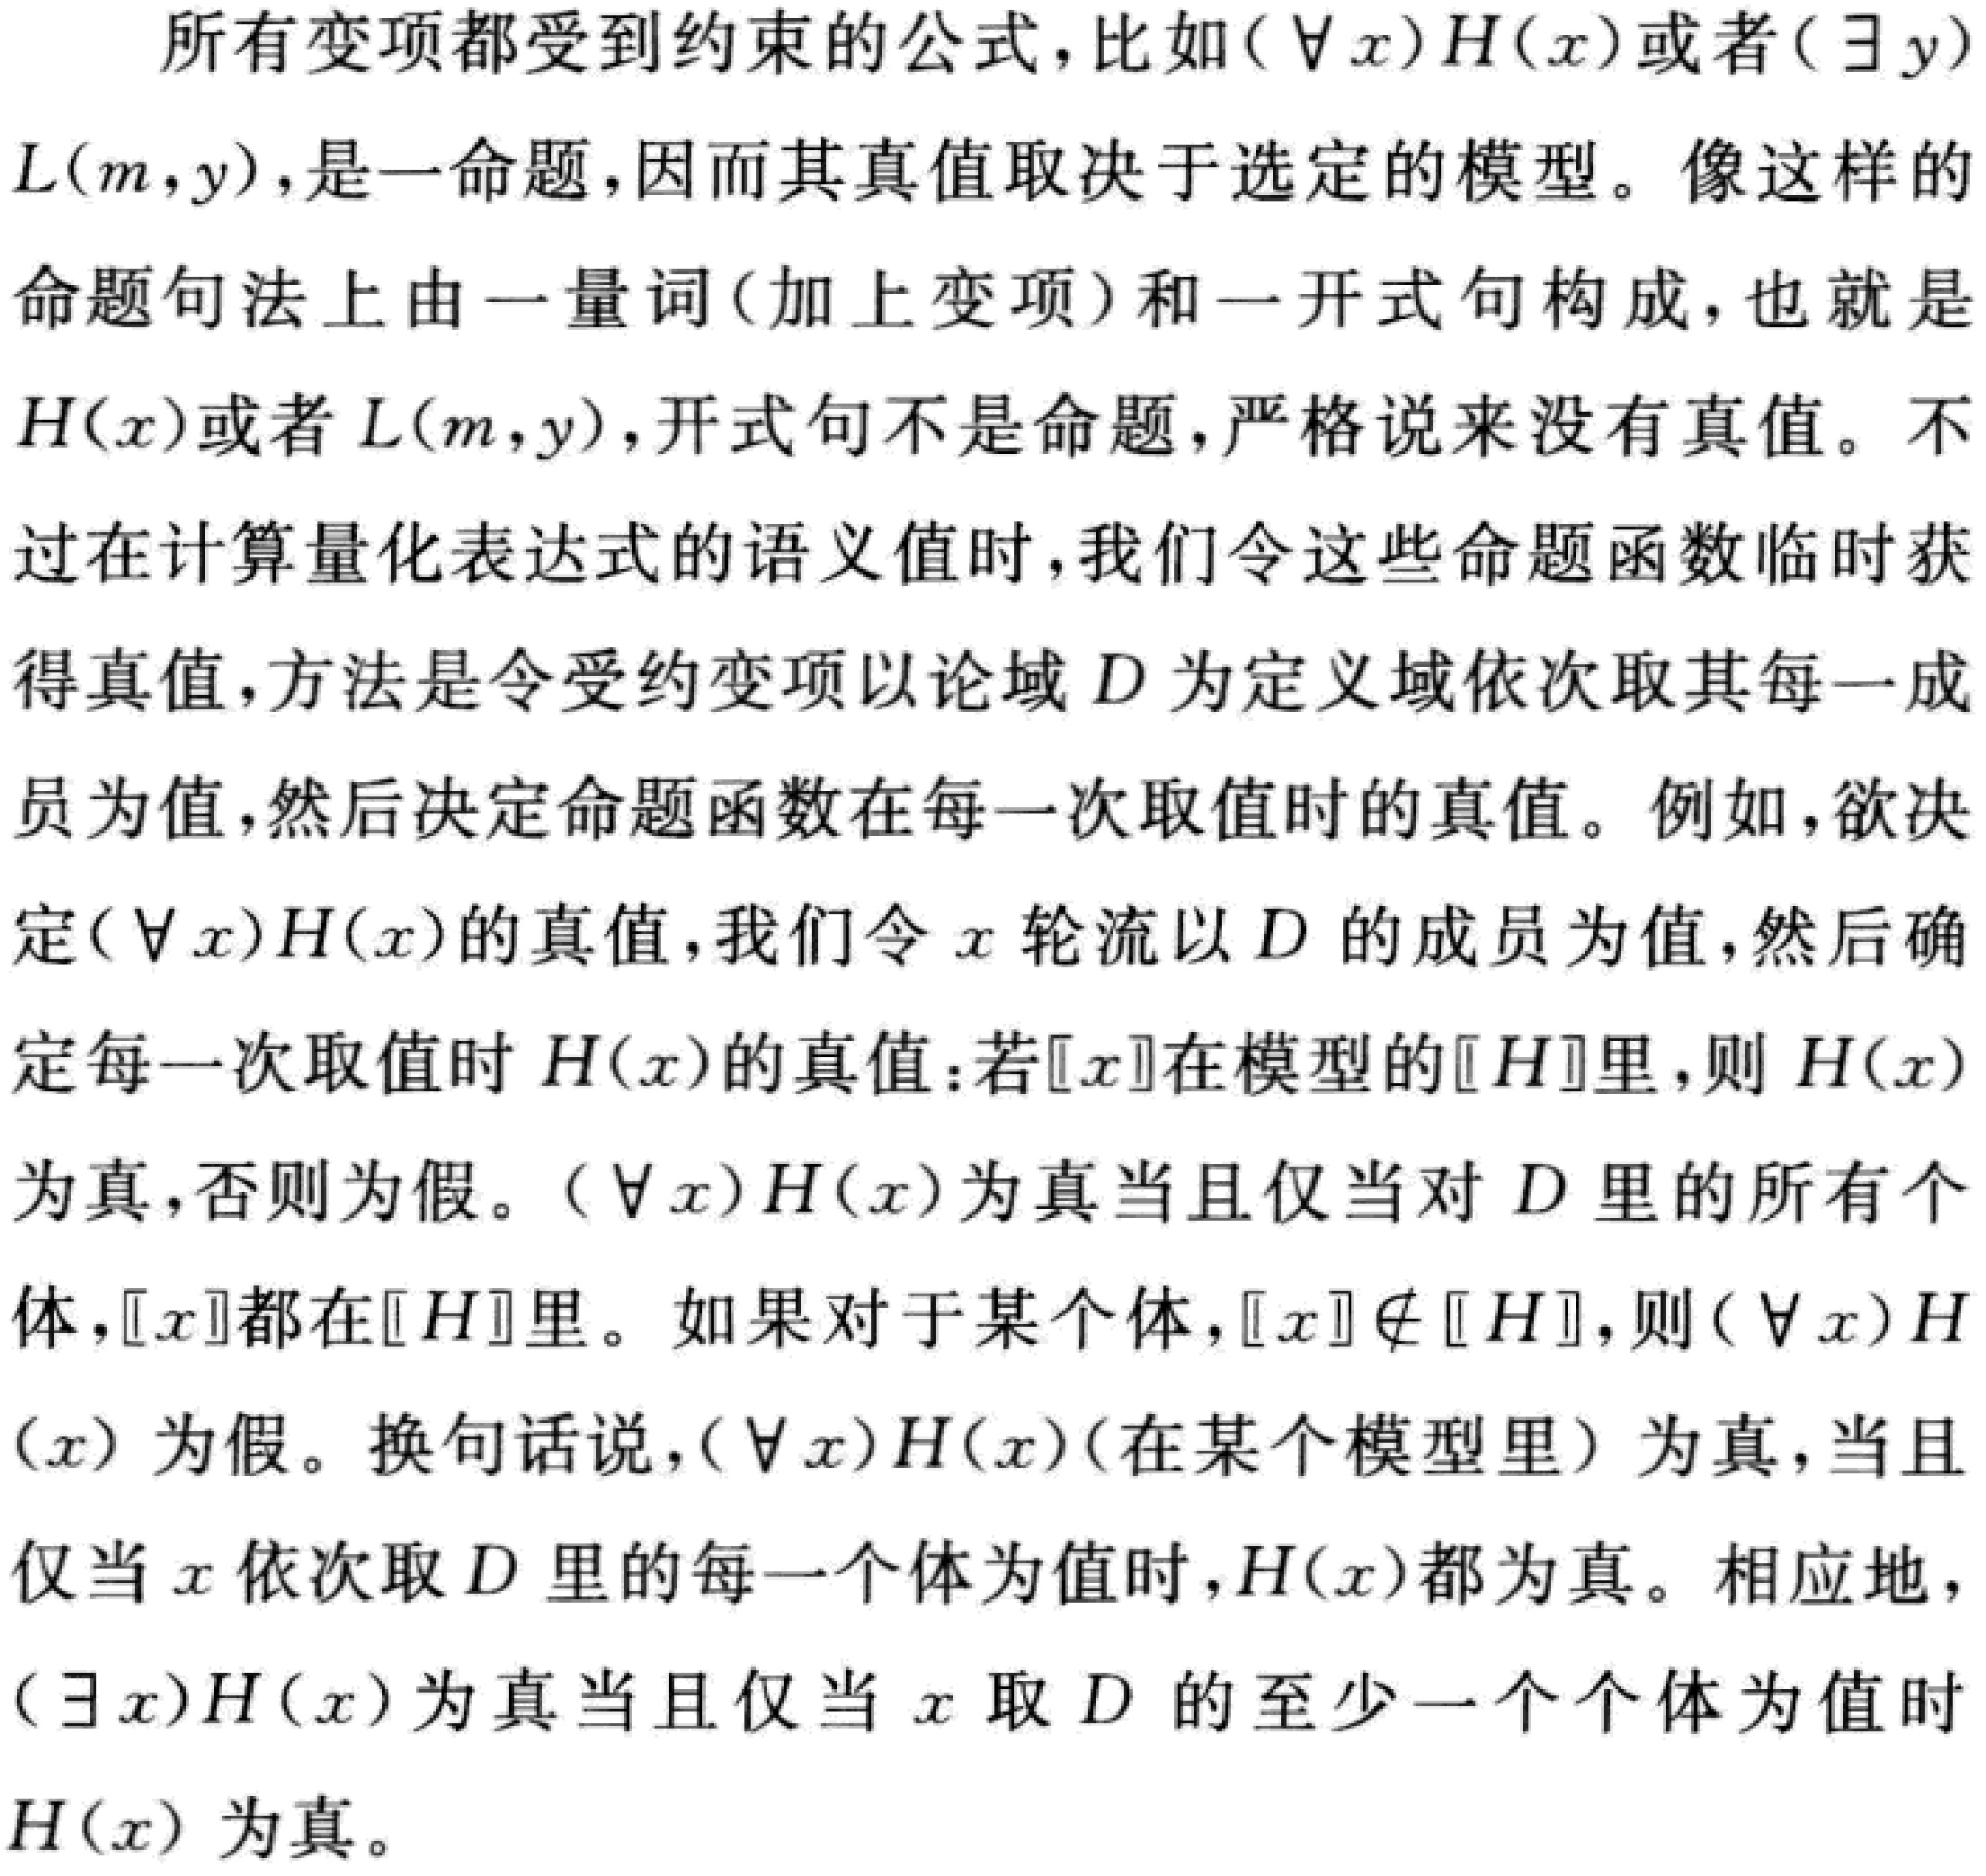
所有变项都受到约束的公式，比如\((\forall x)H(x)\)或者\((\exists y)L(m,y)\)，是一命题，因而其真值取决于选定的模型。像这样的命题句法上由一量词（加上变项）和一开式句构成，也就是\(H(x)\)或者\(L(m,y)\)，开式句不是命题，严格说来没有真值。不过在计算量化表达式的语义值时，我们令这些命题函数临时获得真值，方法是令受约变项以论域\(D\)为定义域依次取其每一成员为值，然后决定命题函数在每一次取值时的真值。例如，欲决定\((\forall x)H(x)\)的真值，我们令\(x\)轮流以\(D\)的成员为值，然后确定每一次取值时\(H(x)\)的真值：若\([x]\)在模型的\([H]\)里，则\(H(x)\)为真，否则为假。\((\forall x)H(x)\)为真当且仅当对\(D\)里的所有个体，\([x]\)都在\([H]\)里。如果对于某个体，\([x]\notin [H]\)，则\((\forall x)H(x)\)为假。换句话说，\((\forall x)H(x)\)（在某个模型里）为真，当且仅当\(x\)依次取\(D\)里的每一个体为值时，\(H(x)\)都为真。相应地，\((\exists x)H(x)\)为真当且仅当\(x\)取\(D\)的至少一个个体为值时\(H(x)\)为真。